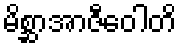
မိစ္ဆာအာဇီဝေါတိ